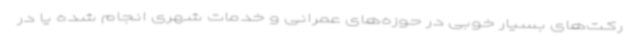
رکت‌های بسیار خوبی در حوزه‌های عمرانی و خدمات شهری انجام شده یا در